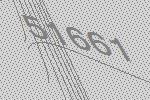
51661